Report on vaccination in Madras 1877-1894 - 1877-1894
Year: 1877
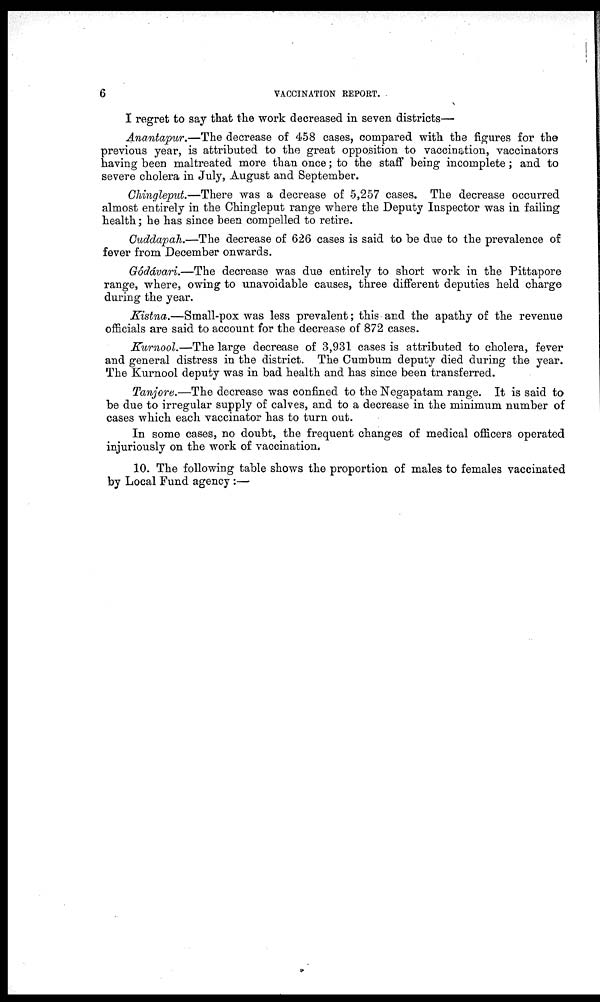
6
VACCINATION REPORT.
I regret to say that the work decreased in seven districts—
Anantapur.—The decrease of 458 cases, compared with the figures for the
previous year, is attributed to the great opposition to vaccination, vaccinators
having been maltreated more than once; to the staff being incomplete; and to
severe cholera in July, August and September.
Chingleput.—There was a decrease of 5,257 cases. The decrease occurred
almost entirely in the Chingleput range where the Deputy Inspector was in failing
health; he has since been compelled to retire.
Cuddapah.—The decrease of 626 cases is said to be due to the prevalence of
fever from December onwards.
Gódávari.—The decrease was due entirely to short work in the Pittapore
range, where, owing to unavoidable causes, three different deputies held charge
during the year.
Kistna.—Small-pox was less prevalent; this and the apathy of the revenue
officials are said to account for the decrease of 872 cases.
Kurnool.—The large decrease of 3,931 cases is attributed to cholera, fever
and general distress in the district. The Cumbum deputy died during the year.
The Kurnool deputy was in bad health and has since been transferred.
Tanjore.—The decrease was confined to the Negapatam range. It is said to
be due to irregular supply of calves, and to a decrease in the minimum number of
cases which each vaccinator has to turn out.
In some cases, no doubt, the frequent changes of medical officers operated
injuriously on the work of vaccination.
10. The following table shows the proportion of males to females vaccinated
by Local Fund agency:—